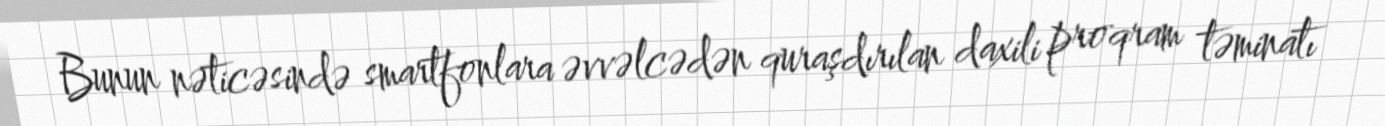
Bunun nəticəsində smartfonlara əvvəlcədən quraşdırılan daxili proqram təminatı